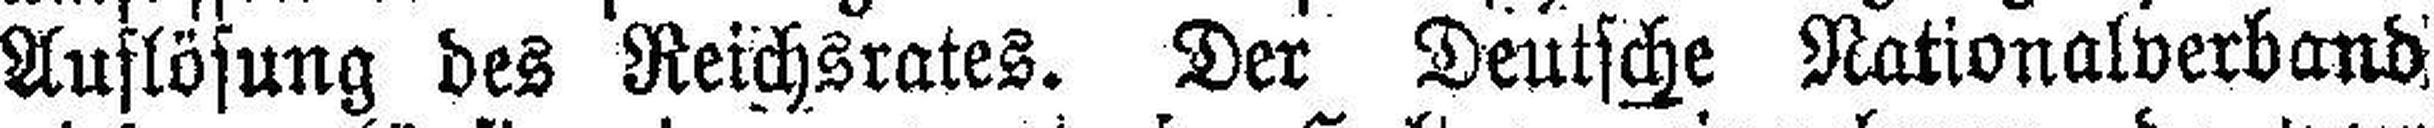
Auflösung des Reichsrates. Der Deutsche Nationalverband